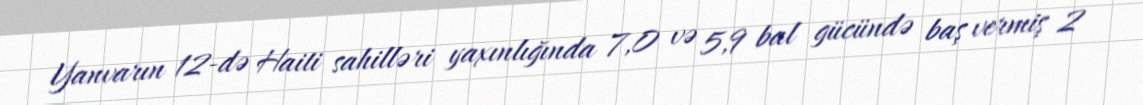
Yanvarın 12-də Haiti sahilləri yaxınlığında 7,0 və 5,9 bal gücündə baş vermiş 2